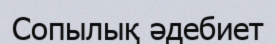
Сопылық әдебиет